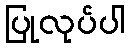
ပြုလုပ်ပါ